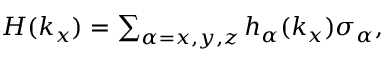
\begin{array} { r } { H ( k _ { x } ) = \sum _ { \alpha = x , y , z } { h } _ { \alpha } ( k _ { x } ) \sigma _ { \alpha } , } \end{array}